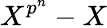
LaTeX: X^{p^{n}}-X